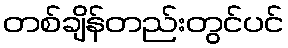
တစ်ချိန်တည်းတွင်ပင်